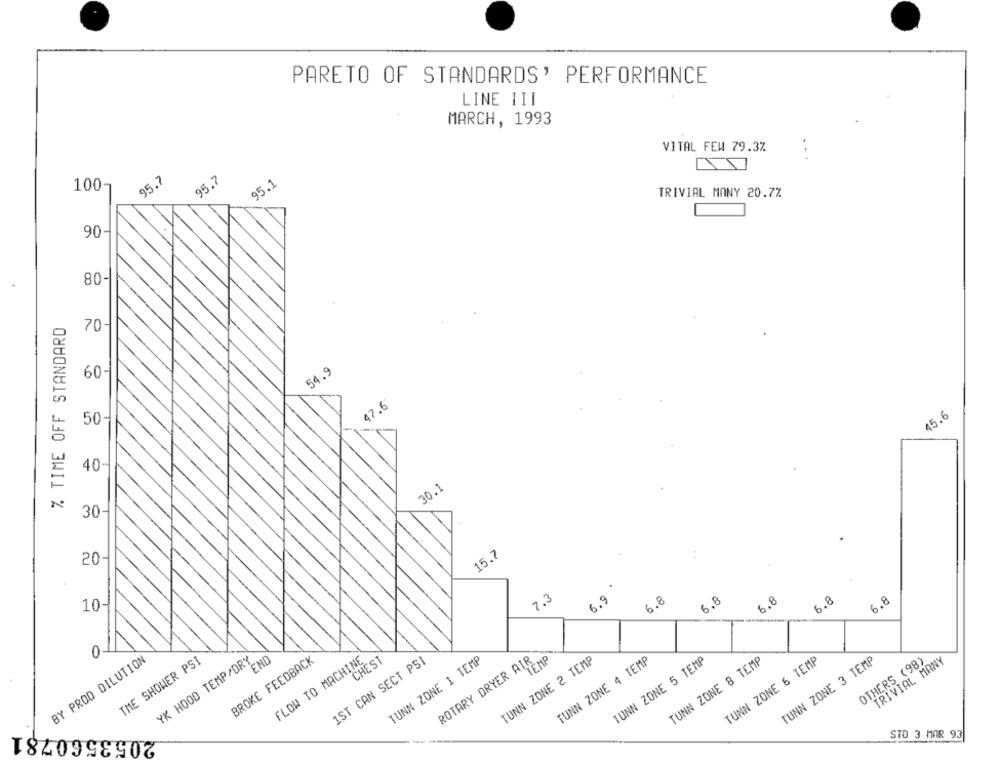
PARETO OF STANDARDS' PERFORMANCE
LINE III
MARCH, 1993
VITAL FEW 79.3%
...
95.7
95.7
95.1
100-
TRIVIAL MANY 20.7%
90-
80-
% TIME OFF STANDARD
70-
60-
54.9
47.6
45.6
50-
40
30.1
30
15.7
20
6.9
7.3
6.8
6.8
6.8
6.8
6.8
10-
0
YK HOOD TEMP/DRY
BROKE FEEDBACK
END
FLOW TO MACHINE
1ST CAN SECT PSI
CHEST
TUNN ZONE 1 TEMP
ROTARY DRYER AIR
TEMP
TUNN ZONE 4 TEMP
TUNN ZONE 5 TEMP
TUNN ZONE 6 TEMP
TUNN ZONE 3 TEMP
OTHERS (98)
TRIVIAL MANY
BY PROD DILUTION
TME SHOWER PSI
TUNN ZONE 2 TEMP
TUNN ZONE 8 TEMP
2053560781
STO 3 MAR 93